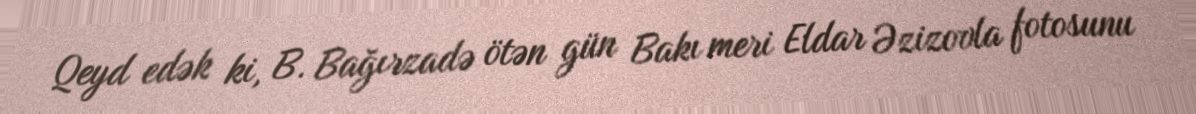
Qeyd edək ki, B. Bağırzadə ötən gün Bakı meri Eldar Əzizovla fotosunu